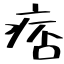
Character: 痞